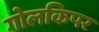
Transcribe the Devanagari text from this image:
गोलकिपर